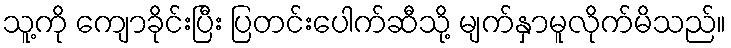
သူ့ကို ကျောခိုင်းပြီး ပြတင်းပေါက်ဆီသို့ မျက်နှာမူလိုက်မိသည်။